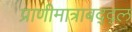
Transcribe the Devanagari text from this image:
प्राणीमात्राबद्द्ल